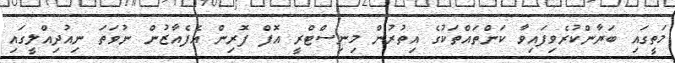
މަތީގައި ބަޔާންކުރެވިފައިވާ ކަންތައްތަކުގެ އިތުރުން މިނިސްޓްރީ އޮފް ފޮރިން އެފެއާޒުން ނުވަތަ ނިއުދިއްލީގައި